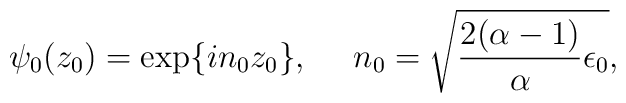
\psi_0 (z_0) = \exp\{i n_0 z_0\},~~~~n_0 = \sqrt {{ 2(\alpha -1) \over \alpha }\epsilon_0},